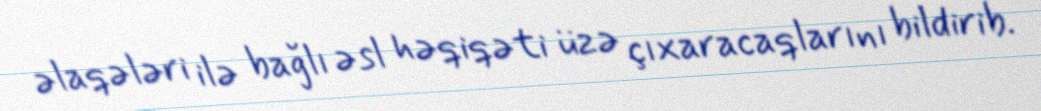
əlaqələri ilə bağlı əsl həqiqəti üzə çıxaracaqlarını bildirib.